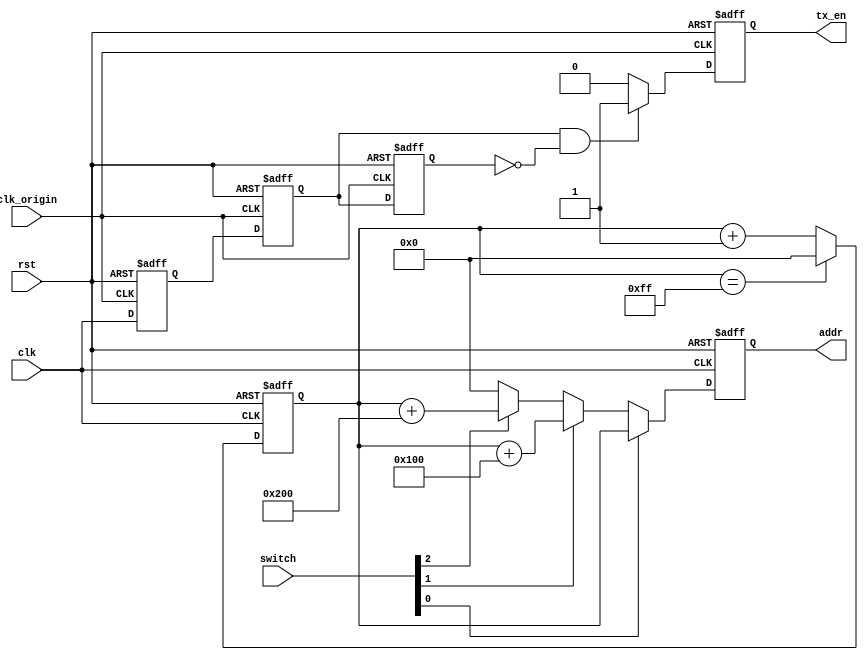
module addr_tx_en2 (
    input clk,
    input clk_origin,
    input rst,
    input [2:0] switch,
    output reg [9:0] addr,
    output reg tx_en
);

    reg [9:0] addr_temp;
    always @(posedge clk, posedge rst) begin
        if (rst) begin
            addr_temp <= 10'd0;
        end else begin
            if (addr_temp == 10'd255) begin
                addr_temp <= 10'd0;
            end else begin
                addr_temp <= addr_temp + 1'b1;
            end
        end
    end

    always @(posedge clk, posedge rst) begin
        if (rst) begin
            addr <= 10'd0;
        end else begin
            if (switch[0]) begin
                addr <= addr_temp;
            end else if (switch[1]) begin
                addr <= addr_temp + 10'd256;
            end else if (switch[2]) begin
                addr <= addr_temp + 10'd512;
            end else begin
                addr <= 10'd0;
            end
        end
    end

    reg pulse1, pulse2, pulse3;
    wire clk_posedge;
    always @(posedge clk_origin, posedge rst) begin
        if (rst) begin
            pulse1 <= 1'b0;
            pulse2 <= 1'b0;
            pulse3 <= 1'b0;
        end else begin
            pulse1 <= clk;
            pulse2 <= pulse1;
            pulse3 <= pulse2;
        end
    end
    assign clk_posedge = pulse2 & ~pulse3;

    always @(posedge clk_origin, posedge rst) begin
        if (rst) begin
            tx_en <= 1'b0;
        end else begin
            if (clk_posedge) begin
                tx_en <= 1'b1;
            end else begin
                tx_en <= 1'b0;
            end
        end
    end


endmodule